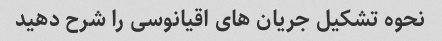
نحوه تشکیل جریان های اقیانوسی را شرح دهید